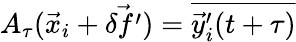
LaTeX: A_{\tau}(\vec{x}_{i}+\vec{\delta f^{\prime}})=\overline{{\vec{y}_{i}^{\prime}(t+\tau)}}